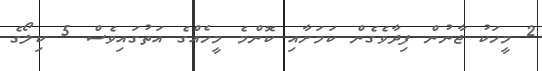
2 މީހަކު ޖާނުން ފިދާވެގެން ކަމަށާއި ކޮންމެ މީހެއްގެ އަތުގައިވެސް 5 ކިލޯގެ